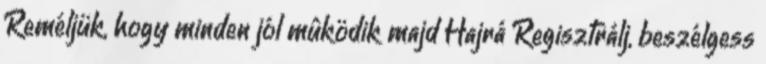
Reméljük, hogy minden jól mûködik majd Hajrá Regisztrálj, beszélgess